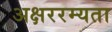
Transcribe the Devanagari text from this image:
अक्षररम्यता